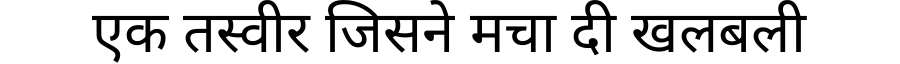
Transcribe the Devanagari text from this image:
एक तस्वीर जिसने मचा दी खलबली